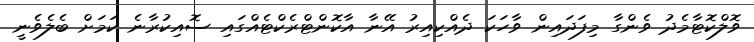
ވޮލްކޮޓާމެދު ވެންގާ މިފަދައިން ވާހަކަ ދެއްކިއިރު އޭނާ އާކޮންޓްރެކްޓެއްގައި ސޮއިކުރާނެ ކަމަށް ބެލެވެނީ